Code of medical and sanitary regulations for the guidance of medical officers serving in the Madras Presidency - Volume I
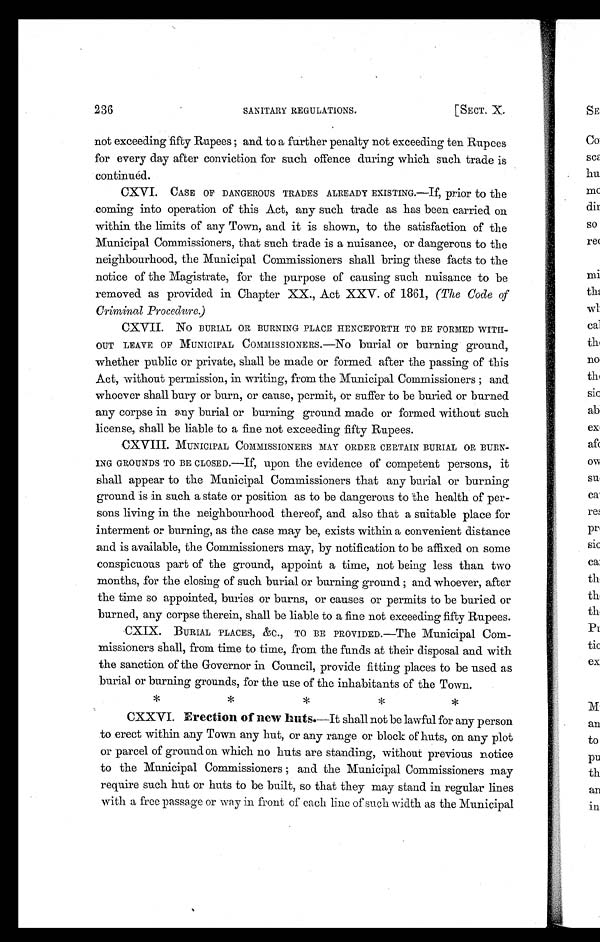
236
SANITARY REGULATIONS.
[SECT. X.
not exceeding fifty Rupees ; and to a further penalty not exceeding ten Rupees
for every day after conviction for such offence during which such trade is
continuéd.
CXVI. CASE OF DANGEROUS TRADES ALREADY EXISTING.—If, prior to the
coming into operation of this Act, any such trade as has been carried on
within the limits of any Town, and it is shown, to the satisfaction of the
Municipal Commissioners, that such trade is a nuisance, or dangerous to the
neighbourhood, the Municipal Commissioners shall bring these facts to the
notice of the Magistrate, for the purpose of causing such nuisance to be
removed as provided in Chapter XX., Act XXV. of 1861, (The Code of
Criminal Procedure.)
CXVII. No BURIAL OR BURNING PLACE HENCEFORTH TO BE FORMED WITH-
OUT LEAVE OF MUNICIPAL COMMISSIONERS.—No burial or burning ground,
whether public or private, shall be made or formed after the passing of this
Act, without permission, in writing, from the Municipal Commissioners ; and
whoever shall bury or burn, or cause, permit, or suffer to be buried or burned
any corpse in any burial or burning ground made or formed without such
license, shall be liable to a fine not exceeding fifty Rupees.
CXVIII. MUNICIPAL COMMISSIONERS MAY ORDER CERTAIN BURIAL OR BURN-
ING GROUNDS TO BE CLOSED.—If, upon the evidence of competent persons, it
shall appear to the Municipal Commissioners that any burial or burning
ground is in such a state or position as to be dangerous to the health of per-
sons living in the neighbourhood thereof, and also that a suitable place for
interment or burning, as the case may be, exists within a convenient distance
and is available, the Commissioners may, by notification to be affixed on some
conspicuous part of the ground, appoint a time, not being less than two
months, for the closing of such burial or burning ground ; and whoever, after
the time so appointed, buries or burns, or causes or permits to be buried or
burned, any corpse therein, shall be liable to a fine not exceeding fifty Rupees.
CXIX. BURIAL PLACES, &C., TO BE PROVIDED.—The Municipal Com-
missioners shall, from time to time, from the funds at their disposal and with
the sanction of the Governor in Council, provide fitting places to be used as
burial or burning grounds, for the use of the inhabitants of the Town.
CXXVI. Erection of new huts.—It shall not be lawful for any person
to erect within any Town any hut, or any range or block of huts, on any plot
or parcel of ground on which no huts are standing, without previous notice
to the Municipal Commissioners ; and the Municipal Commissioners may
require such hut or huts to be built, so that they may stand in regular lines
with a free passage or way in front of each line of such width as the Municipal